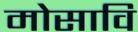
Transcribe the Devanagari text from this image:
मोसावि